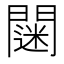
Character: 𨶌